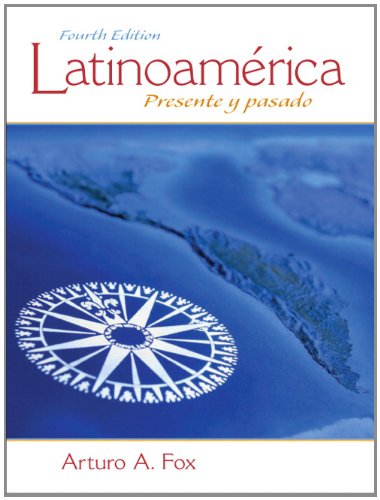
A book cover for LatinoamÃ©rica: Presente y pasado (4th Edition); Arturo A. Fox; History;